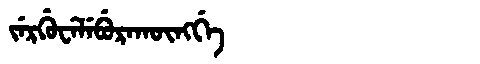
Manchu: ᠵᡝᡵᡤᡠᠸᡝᠯᡝᠪᡠᡵᠠᡴᡡᠩᡤᡝ
Romanization: JERGUWELEBURAKŪNGGE